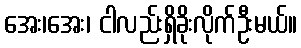
အေး၊အေး၊ ငါလည်းရှိခိုးလိုက်ဦးမယ်။